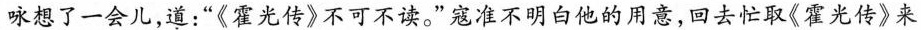
咏想了一会儿，道：”《霍光传》不可不读。”寇准不明白他的用意，回去忙取《霍光传》来